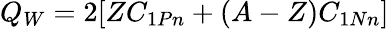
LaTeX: Q_{W}=2[ZC_{1Pn}+(A-Z)C_{1Nn}]